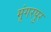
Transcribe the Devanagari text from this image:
मूंगरपुर